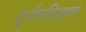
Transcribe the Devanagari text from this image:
पूर्नपरिक्षण